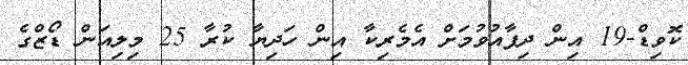
ކޮވިޑް-19 އިން ދިފާއުވުމަށް އެމެރިކާ އިން ހަދިޔާ ކުރާ 25 މިލިއަން ޑޯޒްގެ